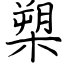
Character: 槊